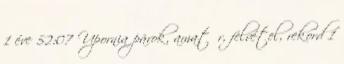
1 éve 52:07 Upornia párok, amatőr, felvétel, rekord 1